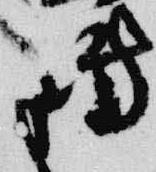
傳